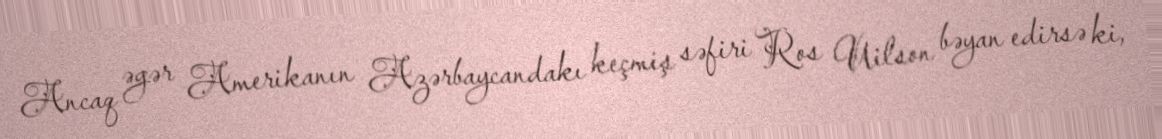
Ancaq əgər Amerikanın Azərbaycandakı keçmiş səfiri Ros Uilson bəyan edirsə ki,